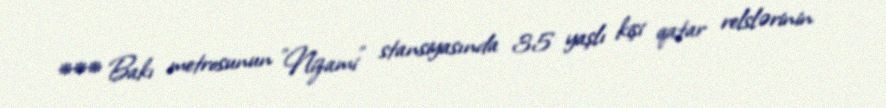
*** Bakı metrosunun "Nizami" stansiyasında 35 yaşlı kişi qatar relslərinin